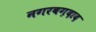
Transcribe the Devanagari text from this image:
नगरबग़दाद